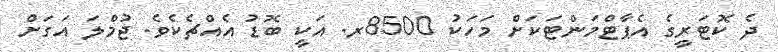
ދެ ކޮޓަރީގެ އެޕާޓްމަންޓަކަށް މަހަކު 8500ރ. އަކީ ބޮޑު އެއްޗެކެވެ. ޖުމްލަ އަގަށް